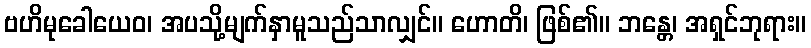
ဗဟိမုခေါယေဝ၊ အပသို့မျက်နှာမူသည်သာလျှင်။ ဟောတိ၊ ဖြစ်၏။ ဘန္တေ၊ အရှင်ဘုရား။